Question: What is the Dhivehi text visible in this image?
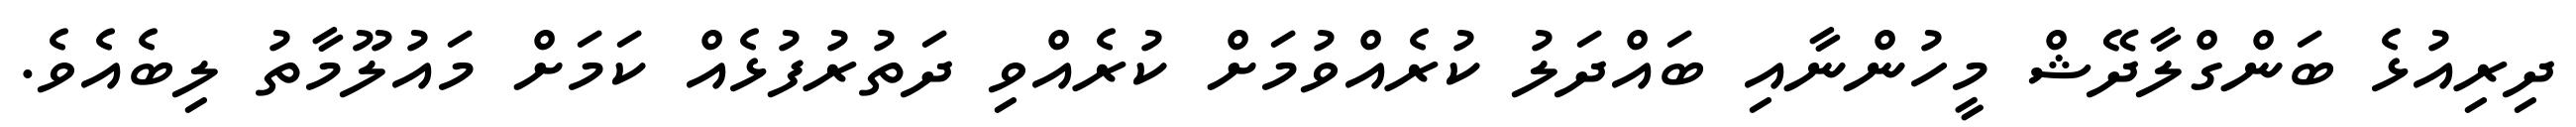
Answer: ދިރިއުޅެ ބަންގްލާދޭޝް މީހުންނާއި ބައްދަލު ކުރެއްވުމަށް ކުރެއްވި ދަތުރުފުޅެއް ކަމަށް މައުލޫމާތު ލިބެއެވެ.